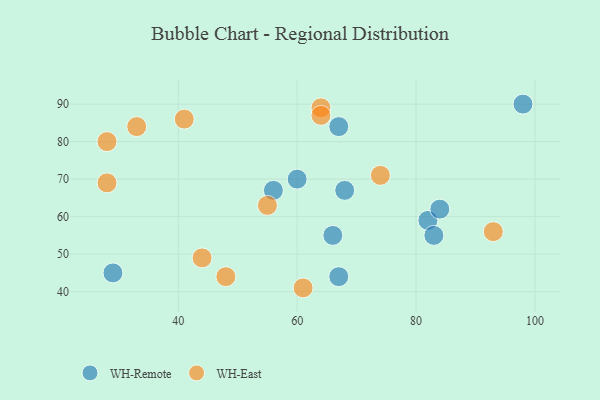
{"axis": {"x": "GDP", "y": "Life Expectancy"}, "legend": ["WH-East", "WH-Remote"], "data": [{"x": "82", "y": 59, "type": "WH-Remote"}, {"x": "29", "y": 45, "type": "WH-Remote"}, {"x": "56", "y": 67, "type": "WH-Remote"}, {"x": "83", "y": 55, "type": "WH-Remote"}, {"x": "84", "y": 62, "type": "WH-Remote"}, {"x": "66", "y": 55, "type": "WH-Remote"}, {"x": "98", "y": 90, "type": "WH-Remote"}, {"x": "67", "y": 84, "type": "WH-Remote"}, {"x": "67", "y": 44, "type": "WH-Remote"}, {"x": "68", "y": 67, "type": "WH-Remote"}, {"x": "60", "y": 70, "type": "WH-Remote"}, {"x": "55", "y": 63, "type": "WH-East"}, {"x": "28", "y": 80, "type": "WH-East"}, {"x": "33", "y": 84, "type": "WH-East"}, {"x": "64", "y": 89, "type": "WH-East"}, {"x": "41", "y": 86, "type": "WH-East"}, {"x": "28", "y": 69, "type": "WH-East"}, {"x": "74", "y": 71, "type": "WH-East"}, {"x": "44", "y": 49, "type": "WH-East"}, {"x": "61", "y": 41, "type": "WH-East"}, {"x": "48", "y": 44, "type": "WH-East"}, {"x": "64", "y": 87, "type": "WH-East"}, {"x": "93", "y": 56, "type": "WH-East"}]}